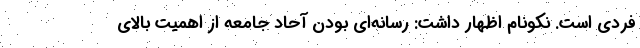
فردی است. نکونام اظهار داشت: رسانه‌ای بودن آحاد جامعه از اهمیت بالای